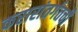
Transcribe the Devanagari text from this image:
करारांतर्गतची